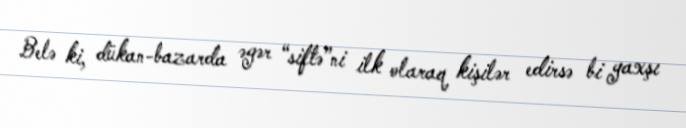
Belə ki, dükan-bazarda əgər “siftə”ni ilk olaraq kişilər edirsə bi yaxşı